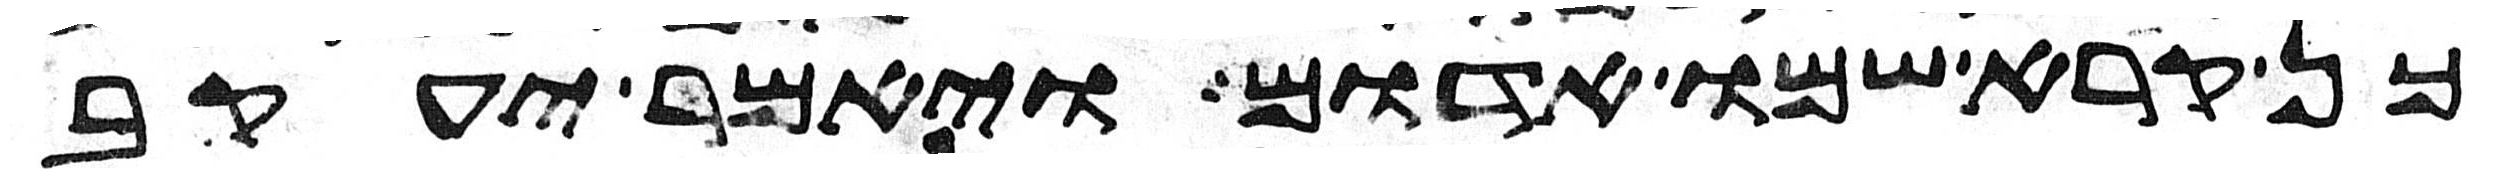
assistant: כן קרא שמו אדום ויאמר יעקב